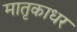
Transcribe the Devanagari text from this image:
मातृकाधर